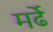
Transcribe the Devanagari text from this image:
मर्ढे